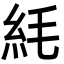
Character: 䋃